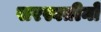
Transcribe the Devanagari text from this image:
सरस्वतीनो